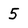
Character: 5